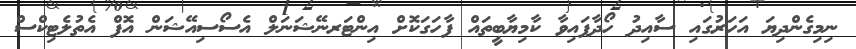
ނިމިގެންދިޔަ އަހަރުގައި ސާއިދު ހޯދާފައިވާ ކާމިޔާބީތައް ފާހަގަކޮށް އިންޓަރނޭޝަނަލް އެސޯސިއޭޝަން އޮފް އެތުލެޓިކްސް